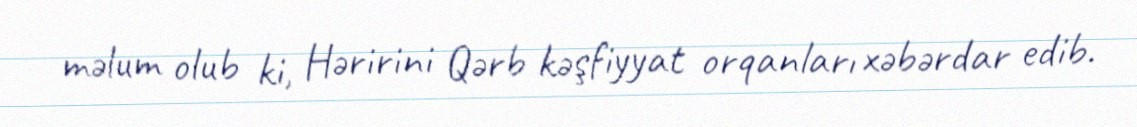
məlum olub ki, Həririni Qərb kəşfiyyat orqanları xəbərdar edib.